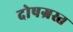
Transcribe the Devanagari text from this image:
दोषग्रस्त